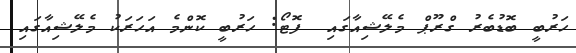
ހަރުބީ ބޮޑުބެރު ގްރޫޕް މެލޭޝިއާގައި  ފޮޓޯ: ހަރުބީ ކޮންމެ އަހަރަކު މެލޭޝިއާގައި